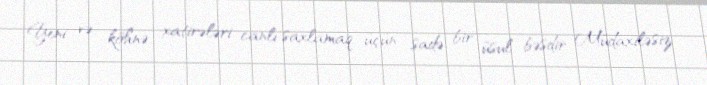
Yeni və köhnə xatirələri canlı saxlamaq üçün sadə bir üsul bəsdir Müdaxiləsiz